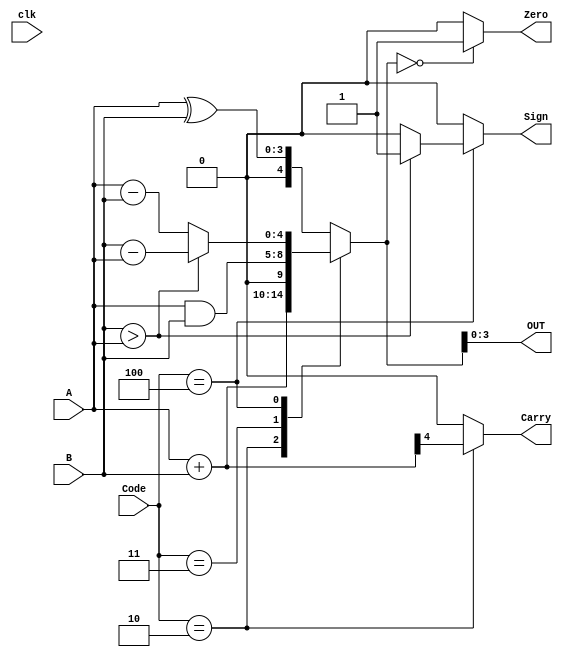
module project(clk,OUT,Carry,Sign,Zero,Code,A,B);
input clk;
output reg[3:0]OUT;
output reg Carry,Sign,Zero;
reg [4:0]result;
input [2:0] Code;
input [3:0]A,B;
always @(*)
begin
Carry = 0;
Sign = 0;
case (Code)
3'b001: result = A ^ B;
3'b010:
begin
result = A + B;
Carry = result[4];
end
3'b011: result = A & B;
3'b100:
begin
if (B > A)
begin
result = B - A;
Sign = 1;
end
else
result = A - B;
end
endcase
OUT[3:0] = result[3:0];
if (result == 0)
Zero = 1;
else
Zero = 0;
end
endmodule